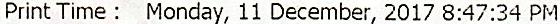
PRINT TIME : MONDAY, 11 DECEMBER, 2017 8:47:34 PM